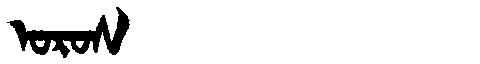
Manchu: ᠣᡵᠣᠰ
Romanization: OROS